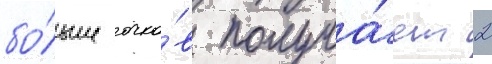
бо́льше очко́в получа́ет 2